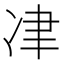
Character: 冿